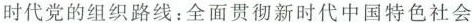
时代党的组织路线：全面贯彻新时代中国特色社会